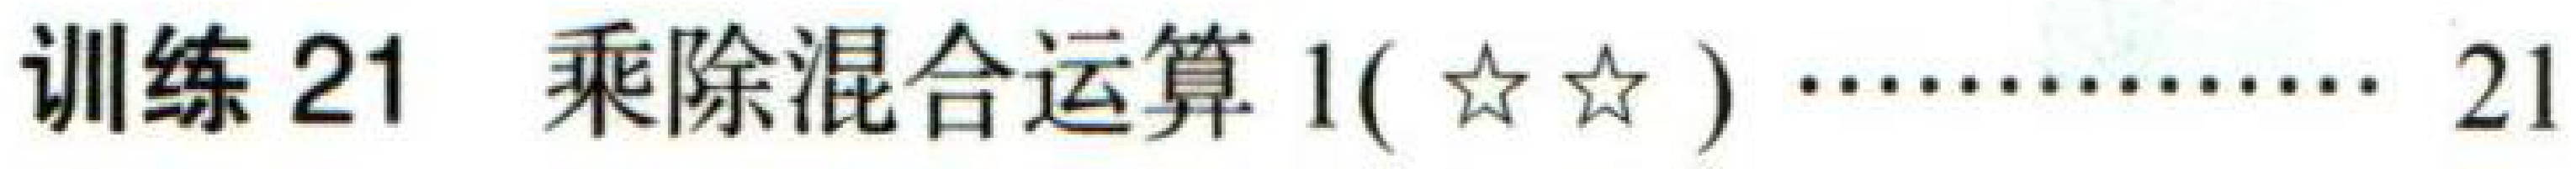
训练 21  乘除混合运算 1(★★)……………… 21